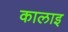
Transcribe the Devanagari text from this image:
कालाइ